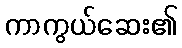
ကာကွယ်ဆေး၏